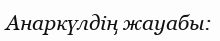
Анаркүлдің жауабы: